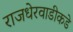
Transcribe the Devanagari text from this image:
राजधेरवाडीकडे